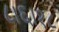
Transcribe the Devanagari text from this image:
८।६।१८